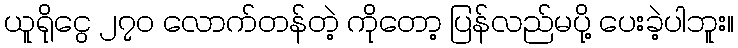
ယူရိုငွေ ၂၇၀ လောက်တန်တဲ့ ကိုတော့ ပြန်လည်မပို့ ပေးခဲ့ပါဘူး။